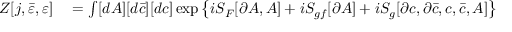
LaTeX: \begin{array} { r l } { Z [ j , { \bar { \varepsilon } } , \varepsilon ] } & { { } = \int [ d A ] [ d { \bar { c } } ] [ d c ] \exp \left\{ i S _ { F } [ \partial A , A ] + i S _ { g f } [ \partial A ] + i S _ { g } [ \partial c , \partial { \bar { c } } , c , { \bar { c } } , A ] \right\} } \end{array}